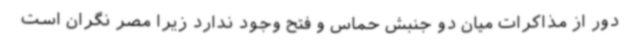
دور از مذاکرات میان دو جنبش حماس و فتح وجود ندارد زیرا مصر نگران است